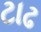
ટાઢ